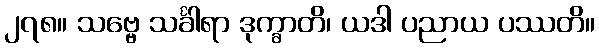
၂၇၈။ သဗ္ဗေ သင်္ခါရာ ဒုက္ခာတိ၊ ယဒါ ပညာယ ပဿတိ။